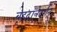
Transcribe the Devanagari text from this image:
बृहदांत्रदर्शन